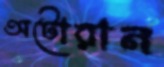
অটোরান